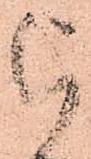
被